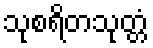
သုစရိတသုတ္တံ